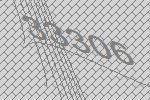
33306